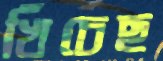
খিঁচেছ